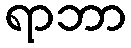
ရာဘာ